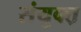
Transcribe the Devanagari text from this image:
संयुक्त़